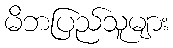
မိဘပြည်သူများ